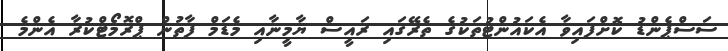
ސަސްޕެންޑު ކޮށްފައިވާ އެކައުންޓުތަކުގެ ތެރޭގައި ރައީސް ޔާމީނާއި މެޑަމް ފާތުން ޕްރޮމޯޓްކުރާ އެންމެ